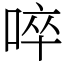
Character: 啐